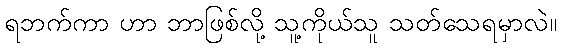
ရဘက်ကာ ဟာ ဘာဖြစ်လို့ သူ့ကိုယ်သူ သတ်သေရမှာလဲ။